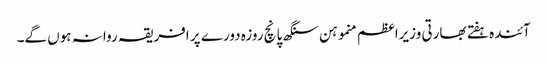
آئندہ ہفتے بھارتی وزیراعظم منموہن سنگھ پانچ روزہ دورے پر افریقہ روانہ ہوں گے۔